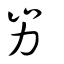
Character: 屴